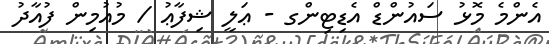
އެންމެ މޮޅު ސައުންޑް އެޑިޓިންގ - ޢަލީ ޝިފާޢު / މުއުމިން ފުއާދު